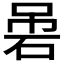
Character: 𱳻